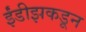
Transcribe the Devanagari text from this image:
ईंडीझकडून